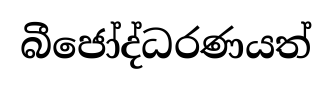
බීජෝද්ධරණයත්